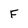
Character: F